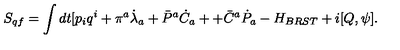
S _ { q f } = \int d t [ p _ { i } q ^ { i } + \pi ^ { a } \dot { \lambda } _ { a } + \bar { P } ^ { a } \dot { C } _ { a } + + \bar { C } ^ { a } \dot { P } _ { a } - H _ { B R S T } + i [ Q , \psi ] .